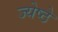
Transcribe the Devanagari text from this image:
ज्येष्ठे